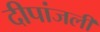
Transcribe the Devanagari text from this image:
दीपांजली